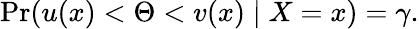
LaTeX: \operatorname*{Pr}(u(x)<\Theta<v(x)\mid X=x)=\gamma.